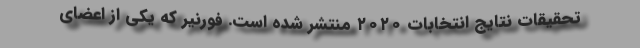
تحقیقات نتایج انتخابات ۲۰۲۰ منتشر شده است. فورنیر که یکی از اعضای